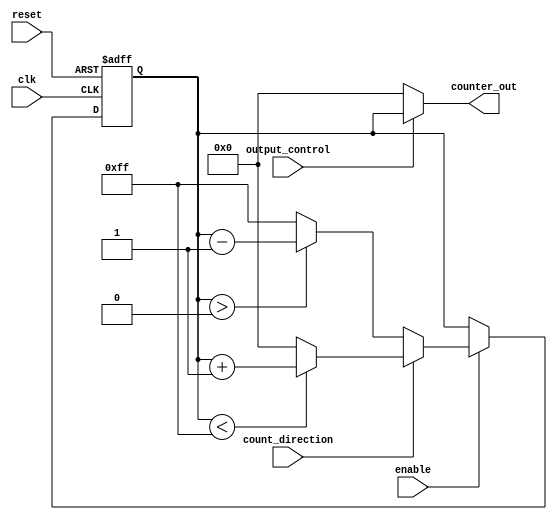
module synchronous_counter #(
    parameter WIDTH = 8,               // Width of the counter
    parameter MAX_VALUE = 255,         // Maximum value for the counter
    parameter MIN_VALUE = 0,           // Minimum value for the counter
    parameter INITIAL_VALUE = 0        // Initial value for the counter
)(
    input wire clk,                    // Clock input
    input wire reset,                  // Asynchronous reset
    input wire enable,                 // Enable counting
    input wire count_direction,        // Count direction (1 = up, 0 = down)
    input wire output_control,         // Control output signal
    output reg [WIDTH-1:0] counter_out // Counter output
);

    reg [WIDTH-1:0] counter;           // Counter register

    // Asynchronous reset logic
    always @(posedge clk or posedge reset) begin
        if (reset) begin
            counter <= INITIAL_VALUE;   // Reset to initial value
        end else if (enable) begin
            // Counting logic
            if (count_direction) begin
                // Count up
                if (counter < MAX_VALUE) begin
                    counter <= counter + 1;
                end else begin
                    counter <= MIN_VALUE; // Wrap around
                end
            end else begin
                // Count down
                if (counter > MIN_VALUE) begin
                    counter <= counter - 1;
                end else begin
                    counter <= MAX_VALUE; // Wrap around
                end
            end
        end
    end

    // Output control logic
    always @(*) begin
        if (output_control) begin
            counter_out = counter;       // Output current counter value
        end else begin
            counter_out = INITIAL_VALUE; // Output held state (initial value)
        end
    end

endmodule